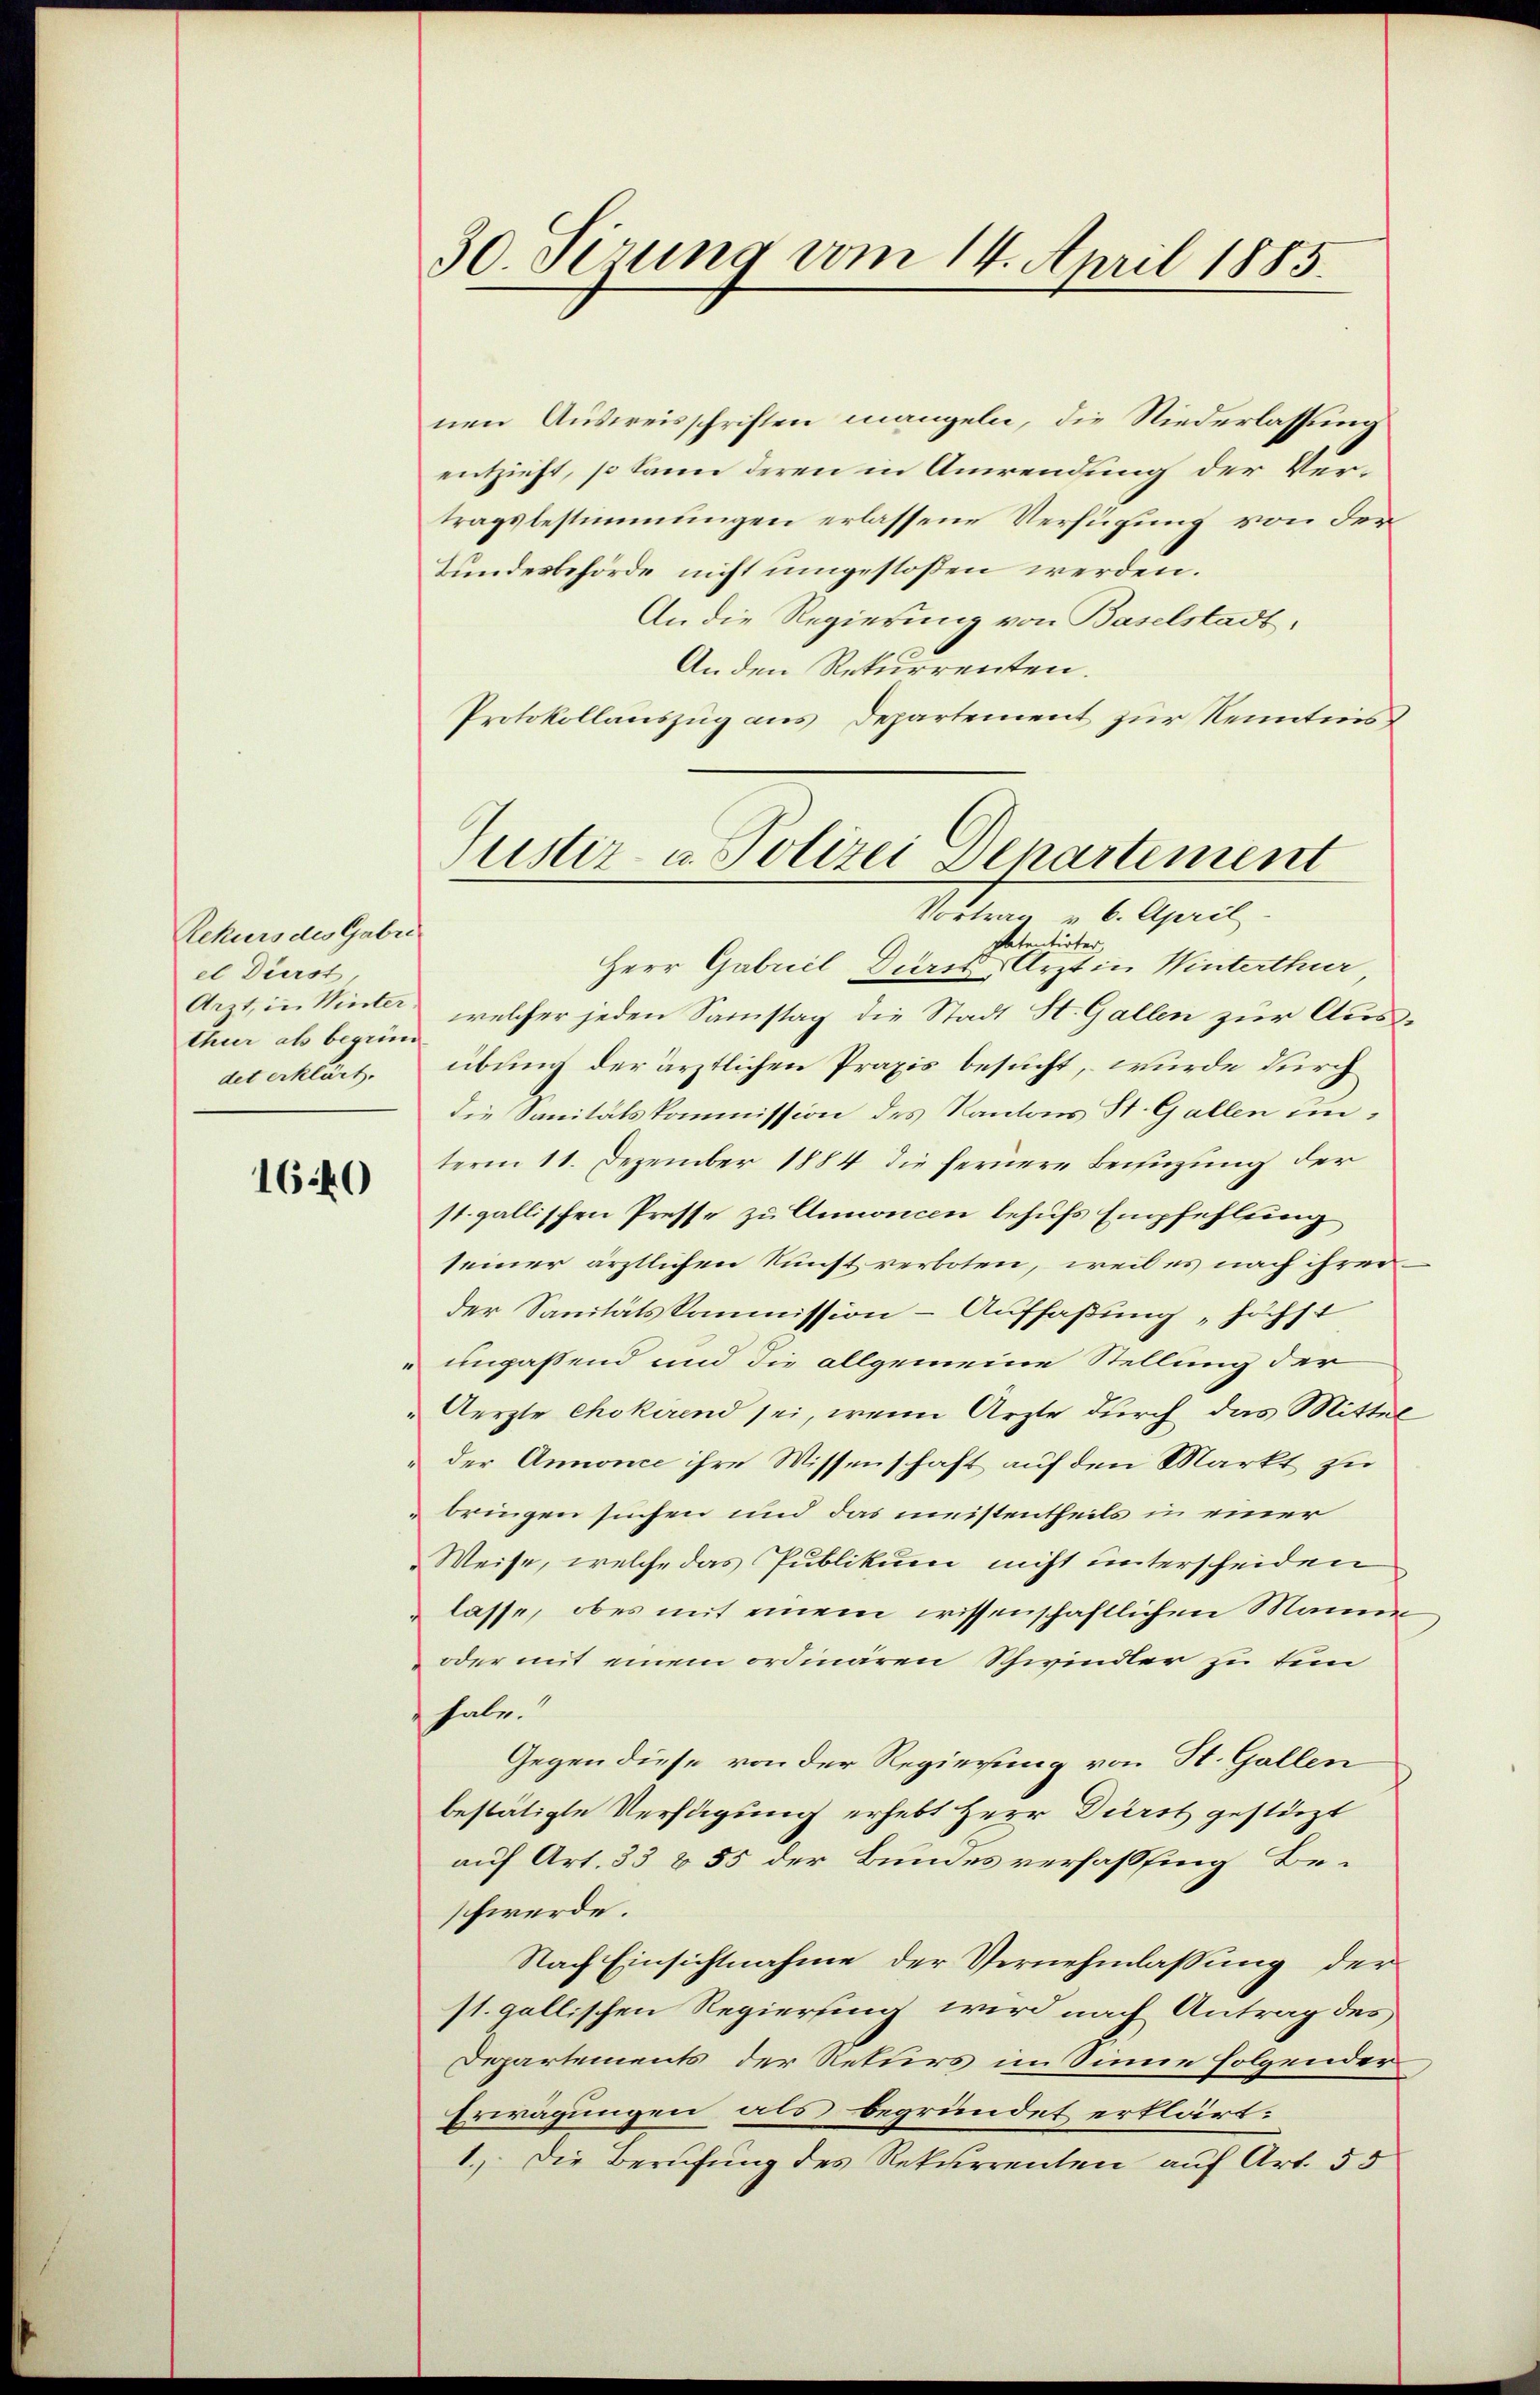
Rekurs des Gabre
el Dürst
thur als begrün
det erklärt.

160

30. Jezung vom 14. April 1885.

nen Ausweisschriften mangeln, die Niederlassung
entzieht, so kann deren in Anwendung der Vertragsbestimmungen erlassene Verfügung von der
Bundesbehörde nicht umgestoßen werden.
An die Regierung von Baselstadt,
An den Rekurrenten.
Protokollauszug aus Departement zur Kenntnis
Patentirter,
Herr Gabricl Dürst, Arzt in Winterthur
Arzt, in Winter, welcher jeden Samstag die Stadt St. Gallen zur Ausübung der ärztlichen Praxis besucht, wurde durch
die Sanitätskommission des Kantons St. Gallen unterm 11. Dezember 1884 die fernere Beifügung der
st. gallischen Presse zu Annoncen behufs Empfehlung
seiner ärztlichen Kunst verboten, weil es nach ihrer
der Sanitätskommission - Auffaßung "höchst
ungassend und die allgemeine Stellung der
Aerzte Chokirend sei, wenn Arzte durch das Mittel
der Annonce ihre Wissenschaft auf den Markt zu
bringen suchen und das meistentheils in einer
Weise, welche das Publikum nicht unterscheiden
lasse, ob es mit einem wissenschaftlichen Manne
oder mit einem ordinären Schwindler zu tem
habe.
Gegen diese von der Regierung von St. Gallen
bestätigte Verfügung erhebt Herr Dürst gestüzt
auf Art. 33 & 55 der Bundesverfassing Beschwerde.
Nach Einsichtnahme der Vernehmlassung der
st. gallischen Regierung wird nach Antrag des
Departements der Rekurs im Sinne folgender
Erwägungen als begründet erklärt:
1.) Die Berufung des Rekurrenten auf Art. 55

Tustiz- u. Polizei Departement
Vortrag v. 6. April